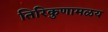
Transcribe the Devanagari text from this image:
तिरिकुणामळय